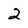
Character: 2